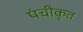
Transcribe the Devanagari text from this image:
पंचीकृत